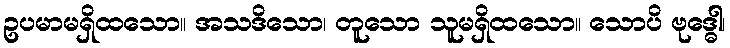
ဥပမာမရှိထသော။ အသဒိသော၊ တူသော သူမရှိထသော။ သောပိ ဗုဒ္ဓေါ၊